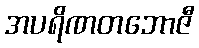
အပရိဏတဘောဇီ